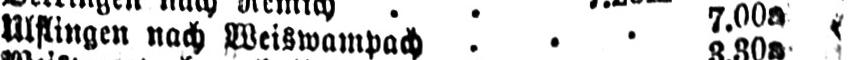
Ulflingen nach Weiswampach ... 7.00a